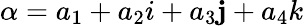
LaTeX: \alpha=a_{1}+a_{2}i+a_{3}\mathbf{j}+a_{4}k